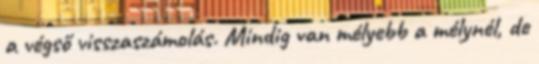
a végső visszaszámolás. Mindig van mélyebb a mélynél, de